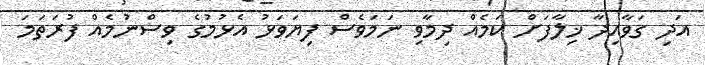
އަދި ގަވާއިދާ ޚިލާފަށް ކަމެއް ދިމާވި ނަމަވެސް ފިޔަވަޅު އެޅުމުގެ ވިސްނުމެއް ފުރަތަމަ